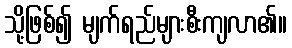
သို့ဖြစ်၍ မျက်ရည်များစီးကျလာ၏။